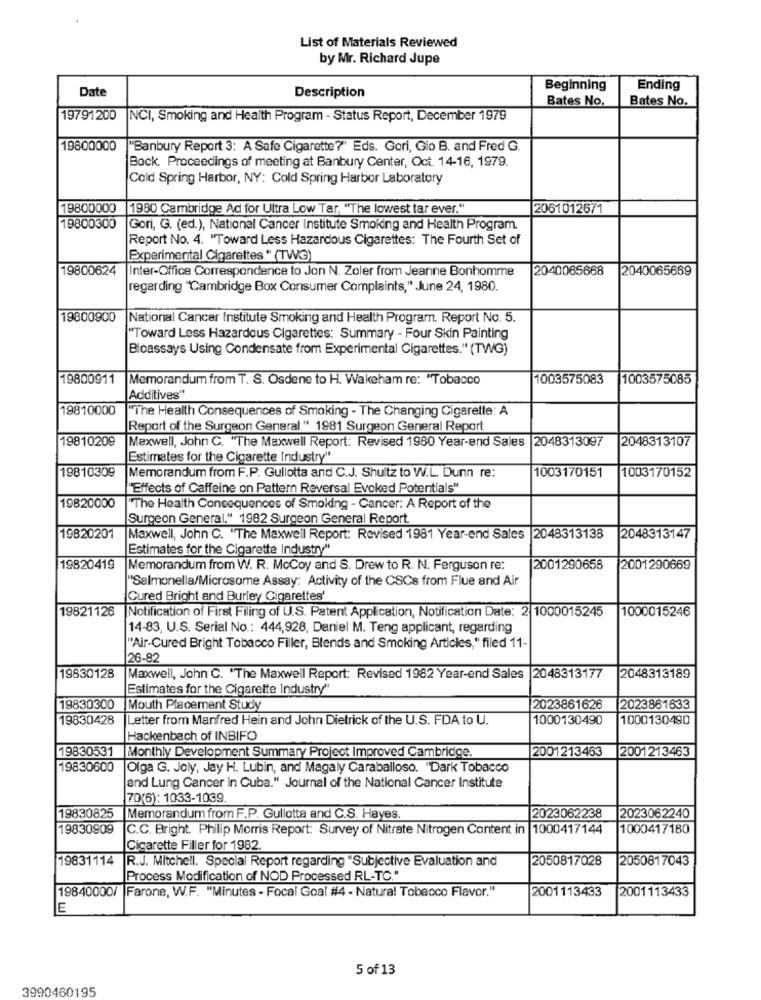
List of Materials Reviewed
by Mr. Richard Jupe
Date
Beginning
Ending
Description
Bates No.
Bates No.
19791200
NCI, Smoking and Health Program - Status Report, December 1979
19800000
"Banbury Report 3: A Safe Cigarette?" Eds. Gori, Glo B. and Fred G.
Bock. Proceedings of meeting at Banbury Center, Oct. 14-16, 1979.
Cold Spring Harbor, NY: Cold Spring Harbor Laboratory
19800000
1980 Cambridge Ad for Ultra Low Tar, "The lowest tar ever."
2061012671
19800300
Gori, G. (ed.), National Cancer Institute Smoking and Health Program.
Report No. 4. "Toward Less Hazardous Cigarettes: The Fourth Set of
Experimental Cigarettes " (TWG)
19800624
Inter-Office Correspondence to Jon N. Zoler from Jeanne Bonhomme
2040065668
2040065669
regarding "Cambridge Box Consumer Complaints," June 24, 1980.
19800900
National Cancer Institute Smoking and Health Program. Report No. 5.
"Toward Less Hazardous Cigarettes: Summary - Four Skin Painting
Bioassays Using Condensate from Experimental Cigarettes." (TWG)
19800911
Memorandum from T. S. Osdene to H. Wakeham re: "Tobacco
1003575083
1003575085
Additives"
19810000
"The Health Consequences of Smoking - The Changing Cigarette: A
Report of the Surgeon General." 1981 Surgeon General Report
2048313097
2048313107
19810209
Maxwell, John C. "The Maxwell Report: Revised 1980 Year-end Sales
Estimates for the Cigarette Industry"
1003170152
19810309
Memorandum from F.P. Gullotta and C.J. Shultz to W.L. Dunn re:
1003170151
"Effects of Caffeine on Pattern Reversal Evoked Potentials"
19820000
"The Health Consequences of Smoking - Cancer: A Report of the
Surgeon General." 1982 Surgeon General Report
19820201
Maxwell, John C. "The Maxwell Report: Revised 1981 Year-end Sales |2048313138
2048313147
Estimates for the Cigarette Industry"
19820419
Memorandum from W. R. McCoy and S. Drew to R. N. Ferguson re:
2001290658
2001290669
"Salmonella/Microsome Assay: Activity of the CSCs from Flue and Air
Cured Bright and Buriey Cigarettes'
19821126
Notification of First Filing of U.S. Patent Application, Notification Date: 2|1000015245
1000015246
14-83, U.S. Serial No .: 444,928, Daniel M. Teng applicant, regarding
"Air-Cured Bright Tobacco Filler, Blends and Smoking Articles," filed 11-
26-82
19830128
Maxwell, John C. "The Maxwell Report: Revised 1982 Year-end Sales
2048313177
2048313189
Estimates for the Cigarette Industry"
19830300
Mouth Placement Study
2023861626
2023861633
19830428
Letter from Manfred Hein and John Dietrick of the U.S. FDA to U.
1000130490
1000130490
Hackenbach of INBIFO
19830531
Monthly Development Summary Project Improved Cambridge.
2001213463
2001213463
19830600
Olga G. Joly, Jay H. Lubin, and Magaly Caraballoso. "Dark Tobacco
and Lung Cancer in Cuba." Journal of the National Cancer Institute
70(6): 1033-1039
19830825
Memorandum from F.P. Gullotta and C.S. Hayes.
2023062238
2023062240
19830909
C.C. Bright. Philip Morris Report: Survey of Nitrate Nitrogen Content in 1000417144
1000417180
Cigarette Filler for 1982.
19831114
R.J. Mitchell. Special Report regarding "Subjective Evaluation and
2050817028
2050817043
Process Modification of NOD Processed RL-TC."
19840000/
Farone, W.F. "Minutes - Focal Goal #4 - Natural Tobecco Flavor."
2001113433
2001113433
E
5 of 13
3990460195